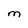
Character: M